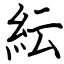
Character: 紜